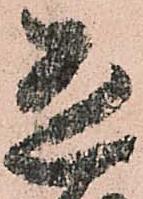
恐